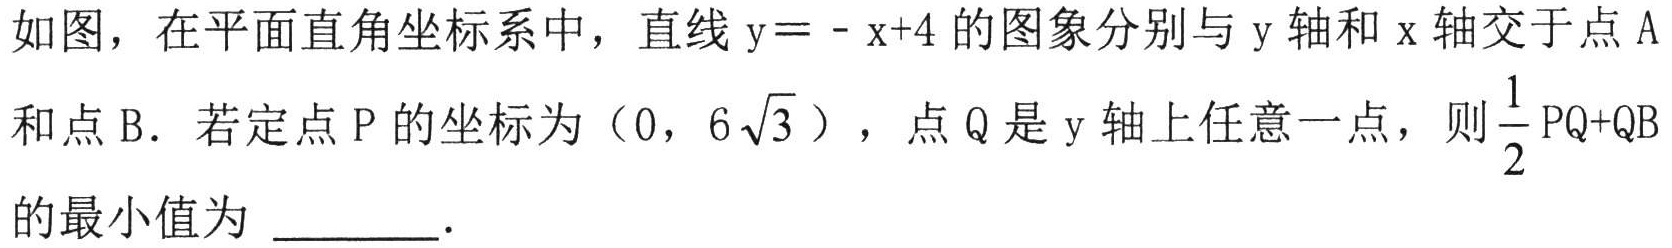
如图，在平面直角坐标系中，直线\(y = - x + 4\)的图象分别与\(y\)轴和\(x\)轴交于点\(A\)
和点\(B\). 若定点\(P\)的坐标为\((0,6\sqrt{3})\)，点\(Q\)是\(y\)轴上任意一点，则\(\frac{1}{2} \mathrm{PQ}+\mathrm{QB}\)
的最小值为_______.